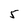
Character: 5